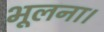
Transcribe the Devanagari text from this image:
भूलना।